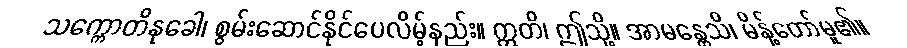
သက္ကောတိနုခေါ၊ စွမ်းဆောင်နိုင်ပေလိမ့်နည်း။ ဣတိ၊ ဤသို့။ အာမန္တေသိ၊ မိန့်တော်မူ၏။